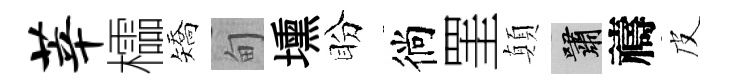
莘櫺矯甸壎盼徜罣顛嘯禱皮